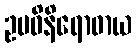
ဥပဓိနိရောဓာယ